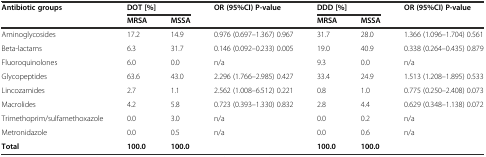
| <ROWSPAN=2> Antibiotic groups | <COLSPAN=2> DOT [%] | <ROWSPAN=2> OR (95%CI) P-value | <COLSPAN=2> DDD [%] | <ROWSPAN=2> OR (95%CI) P-value |
 | MRSA | MSSA | MRSA | MSSA |
 | --- | --- | --- | --- | --- | --- | --- |
 | Aminoglycosides | 17.2 | 14.9 | 0.976 (0.697–1.367) 0.967 | 31.7 | 28.0 | 1.366 (1.096–1.704) 0.561 |
 | Beta-lactams | 6.3 | 31.7 | 0.146 (0.092–0.233) 0.005 | 19.0 | 40.9 | 0.338 (0.264–0.435) 0.879 |
 | Fluoroquinolones | 6.0 | 0.0 | n/a | 9.3 | 0.0 | n/a |
 | Glycopeptides | 63.6 | 43.0 | 2.296 (1.766–2.985) 0.427 | 33.4 | 24.9 | 1.513 (1.208–1.895) 0.533 |
 | Lincozamides | 2.7 | 1.1 | 2.562 (1.008–6.512) 0.221 | 0.8 | 1.0 | 0.775 (0.250–2.408) 0.073 |
 | Macrolides | 4.2 | 5.8 | 0.723 (0.393–1.330) 0.832 | 2.8 | 4.4 | 0.629 (0.348–1.138) 0.072 |
 | Trimethoprim/sulfamethoxazole | 0.0 | 3.0 | n/a | 0.0 | 0.2 | n/a |
 | Metronidazole | 0.0 | 0.5 | n/a | 0.0 | 0.6 | n/a |
 | Total | 100.0 | 100.0 |  | 100.0 | 100.0 |  |